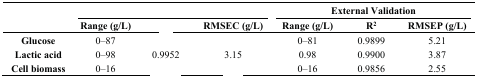
<table><thead><tr><td rowspan="3">[EMPTY_CELL]</td><td colspan="3">[EMPTY_CELL]</td><td colspan="3"><b>External Validation</b></td></tr><tr><td><b>Range (g/L)</b></td><td>[EMPTY_CELL]</td><td><b>RMSEC (g/L)</b></td><td><b>Range (g/L)</b></td><td><b>R<sup>2</sup></b></td><td><b>RMSEP (g/L)</b></td></tr></thead><tbody><tr><td><b>Glucose</b></td><td>0–87</td><td>[EMPTY_CELL]</td><td>[EMPTY_CELL]</td><td>0–81</td><td>0.9899</td><td>5.21</td></tr><tr><td><b>Lactic acid</b></td><td>0–98</td><td>0.9952</td><td>3.15</td><td>0.98</td><td>0.9900</td><td>3.87</td></tr><tr><td><b>Cell biomass</b></td><td>0–16</td><td>[EMPTY_CELL]</td><td>[EMPTY_CELL]</td><td>0–16</td><td>0.9856</td><td>2.55</td></tr></tbody></table>